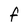
Character: F